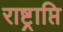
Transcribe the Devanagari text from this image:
राष्ट्राप्ति